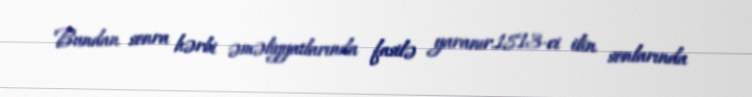
Bundan sonra hərbi əməliyyatlarında fasilə yaranır.1813-ci ilin sonlarında